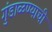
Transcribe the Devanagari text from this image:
गुंडाळण्याची